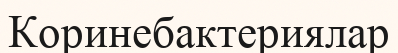
Коринебактериялар